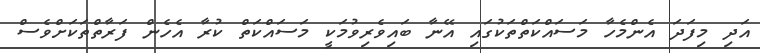
އަދި މިފަދަ އެންމެހާ މަސައްކަތްތަކުގައި އޭނާ ބައިވެރިވުމަކީ މަސައްކަތް ކުރާ އެހެން ފަރާތްތަކަށްވެސް